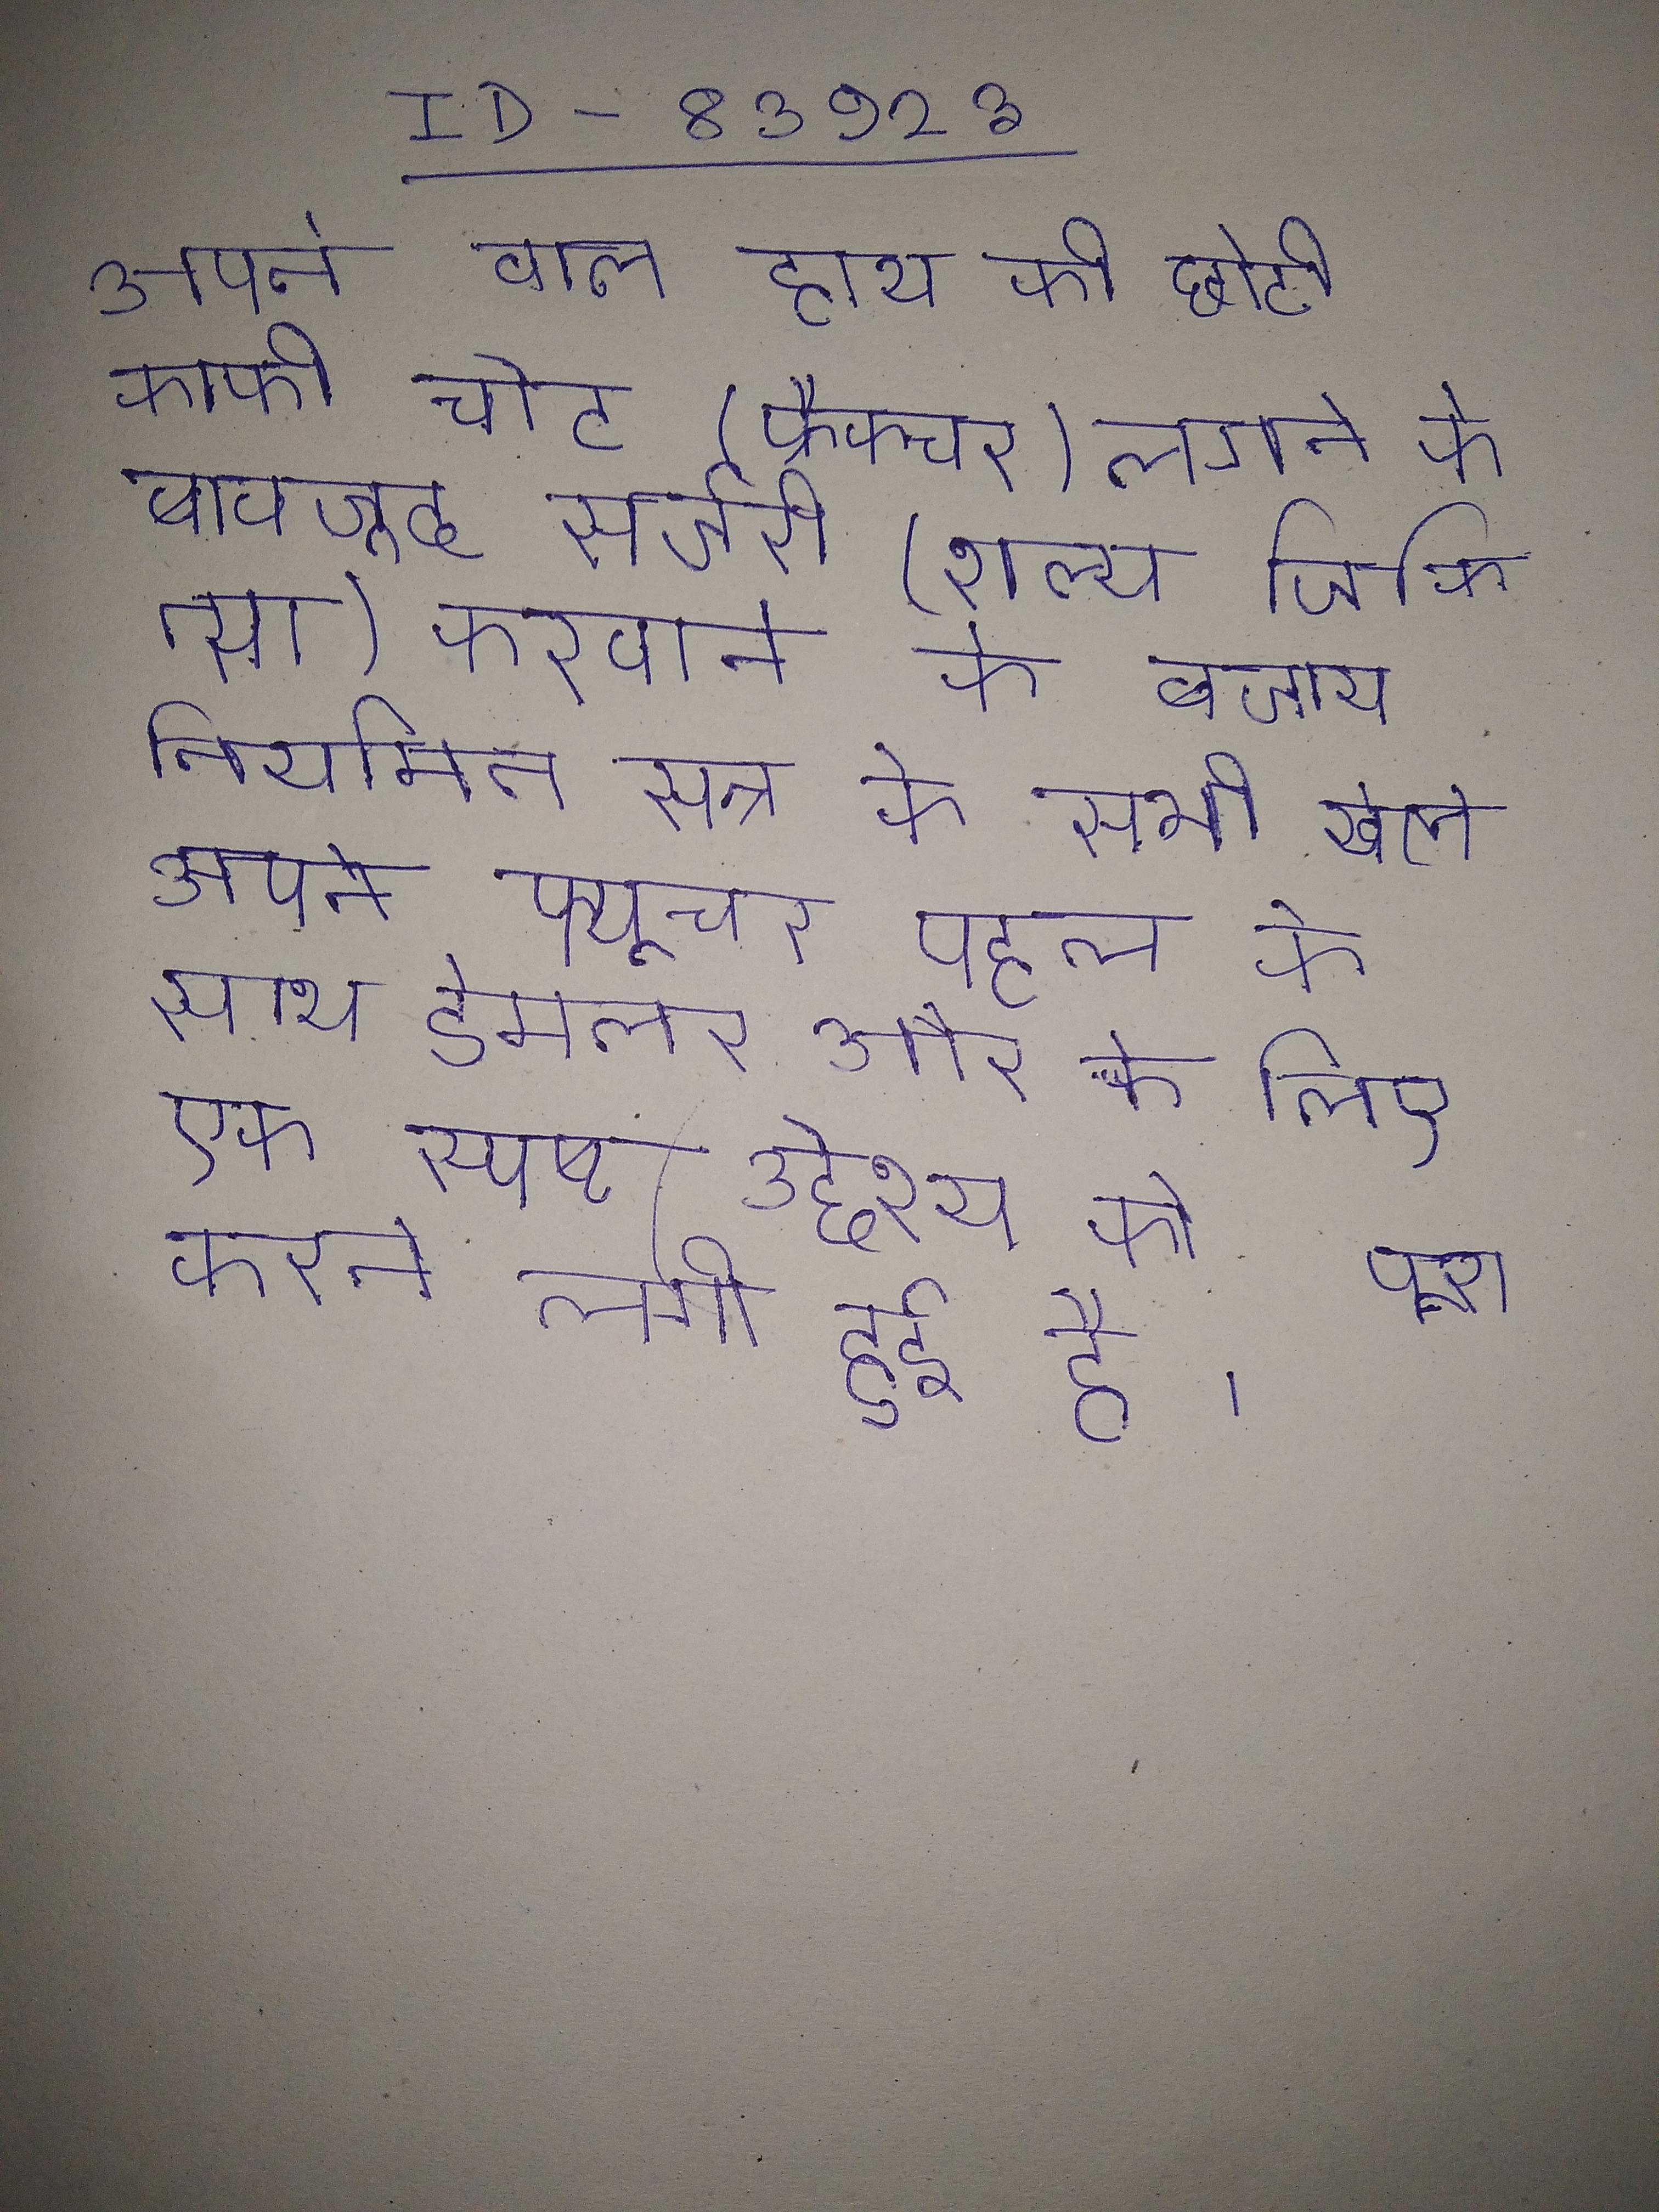
अपने वाले हाथ की छोटी काफी चोट (फ्रैक्चर) लगने के बावजूद सर्जरी (शल्य चिकित्सा) करवाने के बजाय नियमित सत्र के सभी खेले । अपने फ्यूचर पहल के साथ डेमलर और के लिए एक स्पष्ट उद्देश्य को पूरा करने लगी हुई है ।